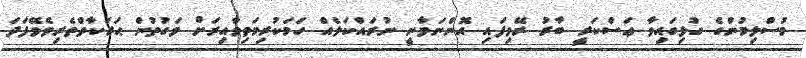
މުސްލިމުންގެ ގުޅިގައިވާ ޢަސްކަރީ ބާރު ރޭވިފައި އޮންނަވާނީ ނުރައްކަލެއް ހަމަކުރިމަތިވާއިރަށް ވަގުތުން ޙަރަކާތްތެރިވެވޭފަދަ